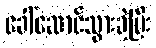
ခေါ်ဆောင်သွားခဲ့ပြီး